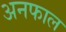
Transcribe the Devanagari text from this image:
अनफाल